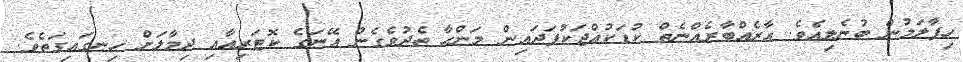
ހިފާލަމުން ބުނެލިއެވެ. އާރެއްބާރެއްނެތް ކުޑަކުއްޖަކުފަދައިން މަންހާ ތެދުވެގެން އޭނަގެ ކޮޓަރިއާއި ދިމާލަށް ހިނގައިގަތެވެ.